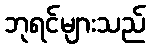
ဘုရင်များသည်